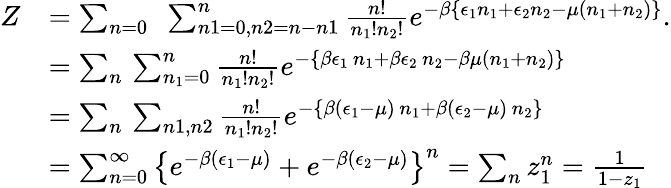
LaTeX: \begin{array}{rl}{Z}&{=\sum_{n=0}\, \, \, \sum_{n1=0,n2=n-n1}^{n}\frac{n!}{n_{1}!n_{2}!}e^{-\beta\left\{ \epsilon_{1}n_{1}+\epsilon_{2}n_{2}-\mu(n_{1}+n_{2})\right\} }.}\\ &{=\sum_{n}\, \sum_{n_{1}=0}^{n}\frac{n!}{n_{1}!n_{2}!}e^{-\left\{ \beta\epsilon_{1}\, n_{1}+\beta\epsilon_{2}\, n_{2}-\beta\mu(n_{1}+n_{2})\right\} }}\\ &{=\sum_{n}\, \sum_{n1,n2}\frac{n!}{n_{1}!n_{2}!}e^{-\left\{ \beta(\epsilon_{1}-\mu)\, n_{1}+\beta(\epsilon_{2}-\mu)\, n_{2}\right\} }}\\ &{=\sum_{n=0}^{\infty}\left\{ e^{-\beta(\epsilon_{1}-\mu)}+e^{-\beta(\epsilon_{2}-\mu)}\right\} ^{n}=\sum_{n}z_{1}^{n}=\frac{1}{1-z_{1}}}\end{array}